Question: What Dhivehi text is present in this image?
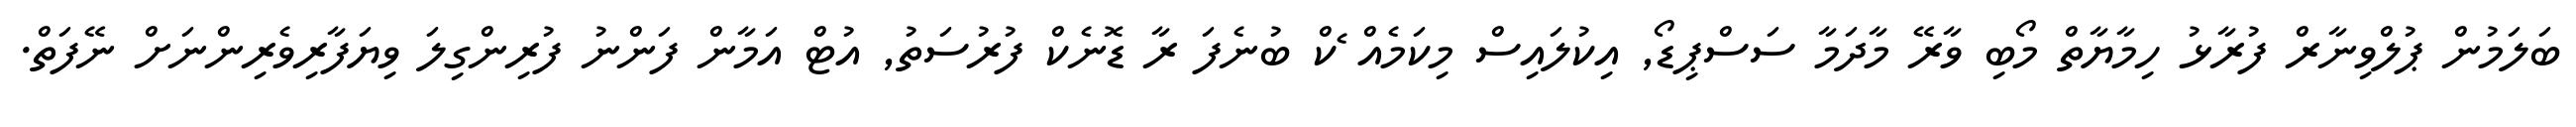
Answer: ބަލަމުން ޕުލްވިނާރް ފުރާޅު ހިމާޔާތް މޯބި ވާރޭ މާދަމާ ސަސްޕިޑޯ, އިކުލައިސް މިކަމެއް ެކް ބުނެފަ ރާ ޑޮނެކް ފުރުސަތު, އުޓް އަމާން ފަންނު ފުރިންގިލަ ވިޔަފާރިވެރިންނަށް ނޭފަތް.